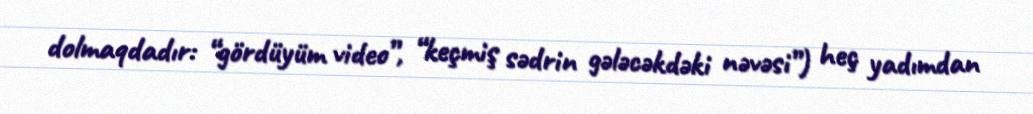
dolmaqdadır: “gördüyüm video”, “keçmiş sədrin gələcəkdəki nəvəsi”) heç yadımdan